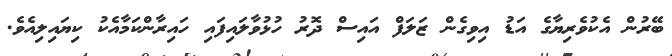
ބޭރުން އެކުވެރިޔާގެ އަޑު އިވިގެން ޒަލަފް އައިސް ދޮރު ހުޅުވާލައިފައި ހައިރާންކަމާއެކު ކިޔައިލިއެވެ.